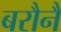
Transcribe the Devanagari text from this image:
बरौनै